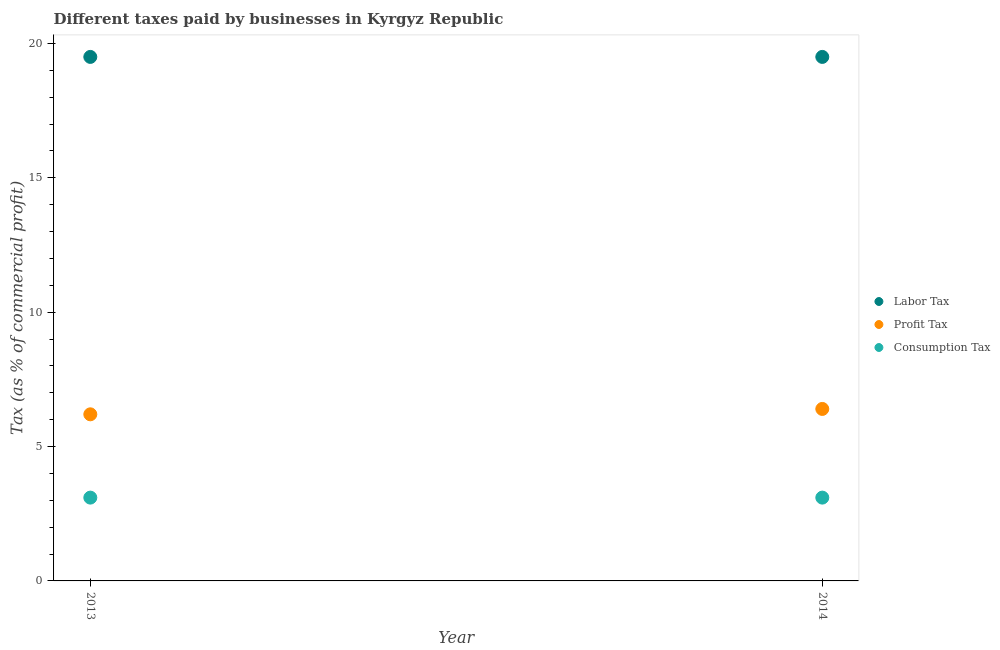
| Year | Labor Tax | Profit Tax | Consumption Tax |
 | --- | --- | --- | --- |
 | 2013 | 19.5 | 6.2 | 3.1 |
 | 2014 | 19.5 | 6.4 | 3.1 |